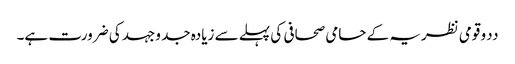
ددو قومی نظریہ کے حامی صحافی کی پہلے سے زیادہ جد وجہد کی ضرورت ہے۔